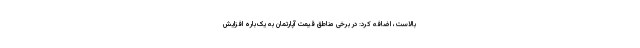
بالاست، اضافه کرد: در برخی مناطق قیمت آپارتمان به ‌یک‌باره افزایش